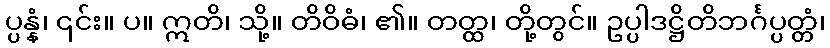
ပ္ပန္နံ၊ ၎င်း။ ပ။ ဣတိ၊ သို့။ တိဝိဓံ၊ ၏။ တတ္ထ၊ တို့တွင်။ ဥပ္ပါဒဋ္ဌိတိဘင်္ဂပ္ပတ္တံ၊